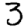
Digit: 3